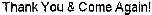
THANK YOU & COME AGAIN!